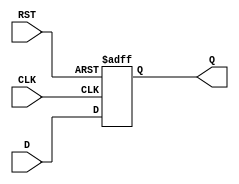
module d_ff (
    input D,
    input CLK,
    input RST,
    output reg Q
);

always @(posedge CLK or posedge RST) begin
    if (RST) begin
        Q <= 1'b0; // reset to predefined state
    end else begin
        Q <= D; // latch D input on rising edge of CLK
    end
end

endmodule